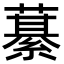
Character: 藄